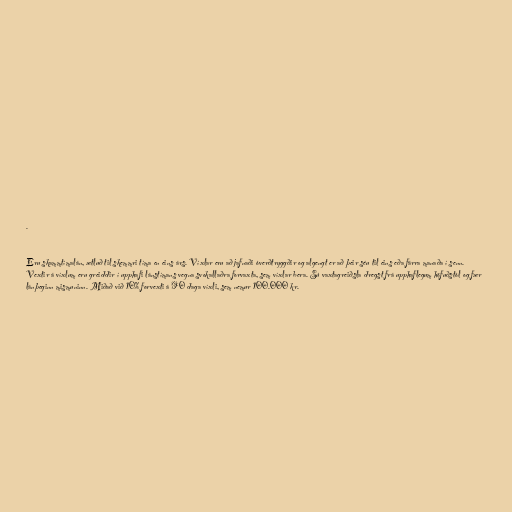
.

Eru skammtímalán, ætluð til skemmri tíma en eins árs. Víxlar eru að jafnaði óverðtryggðir og algengt er að þeir séu til eins eða fárra manaða í senn.
Vextir á víxlum eru greiddir í upphafi lánstímans vegna svokallaðra forvaxta, sem víxlar bera. Sú vaxtagreiðsla dregst frá upphaflegum höfuðstól og fær
lánþeginn mismuninn. Miðað við 10% forvexti á 90 daga víxli, sem nemur 100.000 kr.